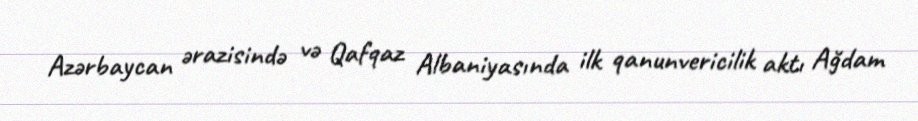
Azərbaycan ərazisində və Qafqaz Albaniyasında ilk qanunvericilik aktı Ağdam